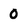
Character: 0